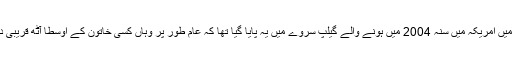
اس کے مقابلے میں امریکہ میں سنہ 2004 میں ہونے والے گیلپ سروے میں یہ پایا گیا تھا کہ عام طور پر وہاں کسی خاتون کے اوسطا آٹھ قریبی دوست ہوتے ہیں۔